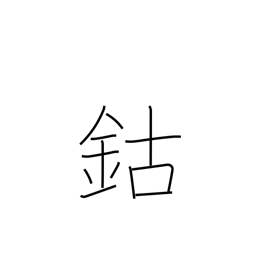
Meaning: cobalt